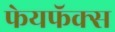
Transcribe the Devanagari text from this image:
फेयफॅक्स